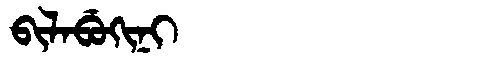
Manchu: ᠪᡳᠯᠠᠪᡠᡴᡳᠨᡳ
Romanization: BILABUKINI